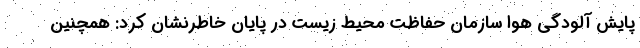
پایش آلودگی هوا سازمان حفاظت محیط‌ زیست در پایان خاطرنشان کرد: همچنین